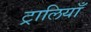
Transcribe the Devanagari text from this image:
ट्रालियाँ